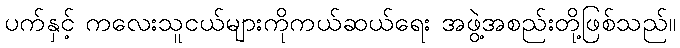
ပက်နှင့် ကလေးသူငယ်များကိုကယ်ဆယ်ရေး အဖွဲ့အစည်းတို့ဖြစ်သည်။